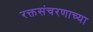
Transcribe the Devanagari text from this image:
रक्तसंचरणाच्या